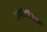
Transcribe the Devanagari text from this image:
ट्रायलिटिरेशन